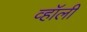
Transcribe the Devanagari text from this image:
व्हॉली